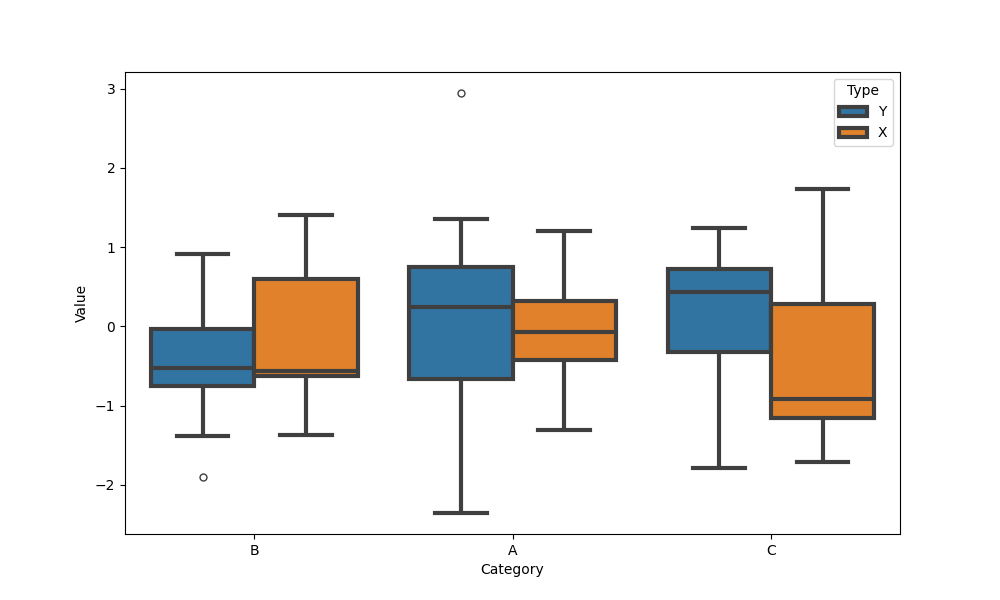
python, seaborn, boxplot, width=0.8, linewidth=3, fliersize=5, notch=False